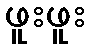
ဖူးဖူး